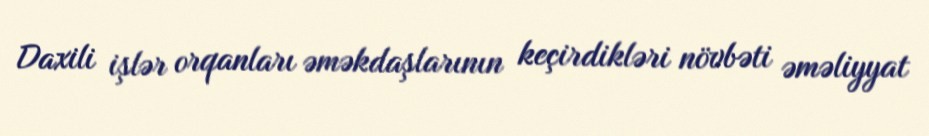
Daxili işlər orqanları əməkdaşlarının keçirdikləri növbəti əməliyyat